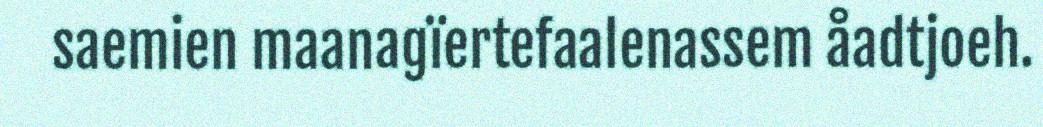
saemien maanagïertefaalenassem åadtjoeh.